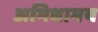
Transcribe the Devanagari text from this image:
अभिधामय